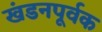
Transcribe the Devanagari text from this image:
खंडनपूर्वक